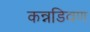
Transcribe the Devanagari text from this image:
कन्नडिवण